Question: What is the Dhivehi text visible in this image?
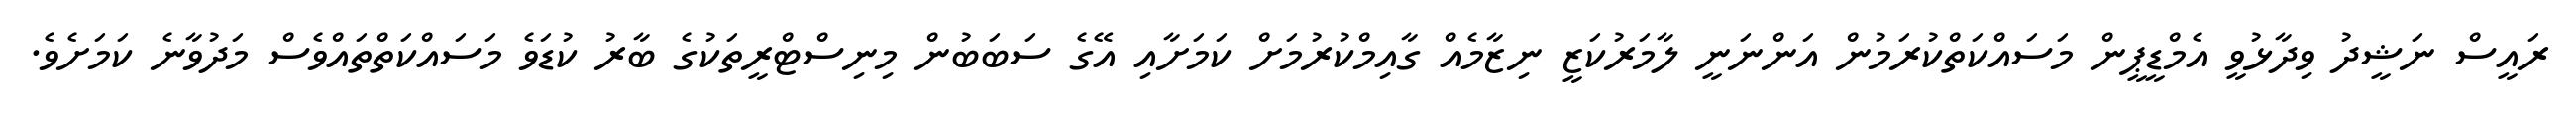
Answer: ރައީސް ނަޝީދު ވިދާޅުވީ އެމްޑީޕީން މަސައްކަތްކުރަމުން އަންނަނީ ލާމަރުކަޒީ ނިޒާމެއް ގާއިމްކުރުމަށް ކަމަށާއި އޭގެ ސަބަބުން މިނިސްޓްރީތަކުގެ ބާރު ކުޑަވެ މަސައްކަތްތައްވެސް މަދުވާނެ ކަމަށެވެ.